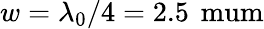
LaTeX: w=\lambda_{0}/4=2.5\, \mathrm{\ mum}